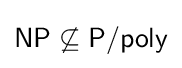
{\mathsf {NP}}\not \subseteq {\mathsf {P/poly}}